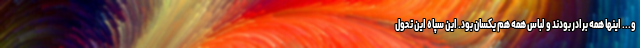
و... اینها همه برادر بودند و لباس همه هم یکسان بود. این سپاه این تحول